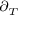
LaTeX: \scriptstyle \partial _ { T }